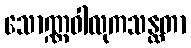
သောဏ္ဏဝါလုကသန္ထတာ